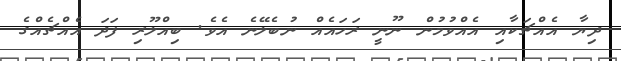
ދިޔާ އެއްޗަކާއި އެއްވުމުން ނޫނީ ރަހައެއް ނުބެލޭނެ އެވެ. ބިއްލޫރި ފަދަ އެއްޗެއްގެ